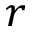
r